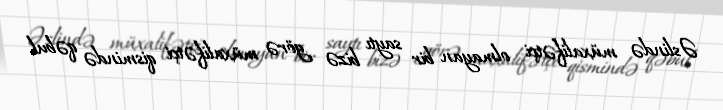
Əslində müxalifətçi olmayan bir saytı bizə görə müxalifətçi qismində qəbul